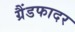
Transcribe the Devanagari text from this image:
ग्रैंडफादर